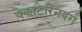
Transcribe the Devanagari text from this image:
येकाटेरिनबर्ग